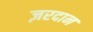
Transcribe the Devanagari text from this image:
ज़रदान